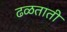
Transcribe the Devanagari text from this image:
ढळताती